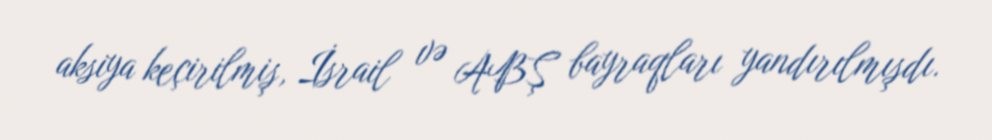
aksiya keçirilmiş, İsrail və ABŞ bayraqları yandırılmışdı.